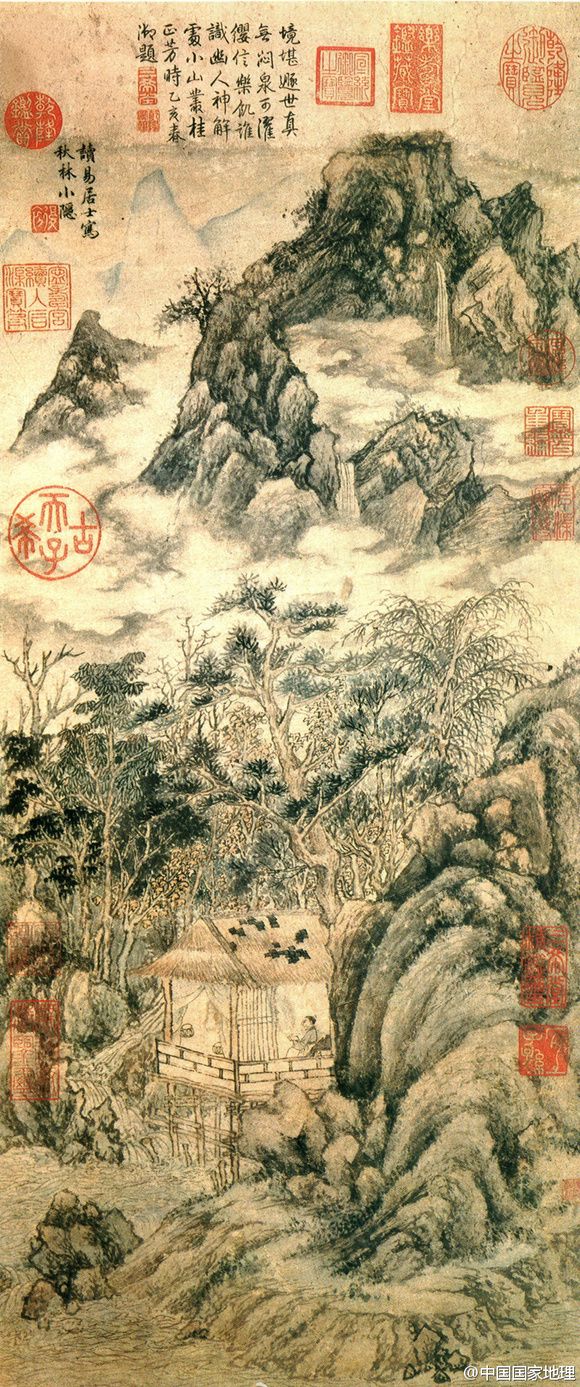
春秋多佳日，登高赋新诗。